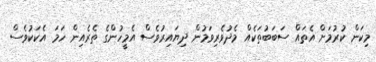
މިކަން ކުރުމަށް އެތައް ސަބަބުތަކެއް މެދުވެރިވަމުން ދިޔައިރުވެސް އެމީހުންގެ ތެރެއިން ހަމަ އެކަކުވެސް